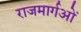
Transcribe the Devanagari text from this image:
राजमार्गओं